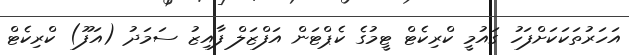
އަހަރުތަކަކަށްފަހު ގައުމީ ކްރިކެޓް ޓީމުގެ ކެޕްޓަން އަފްޒަލް ފާއިޒު ސަމަދު (އަފޫ) ކްރިކެޓް